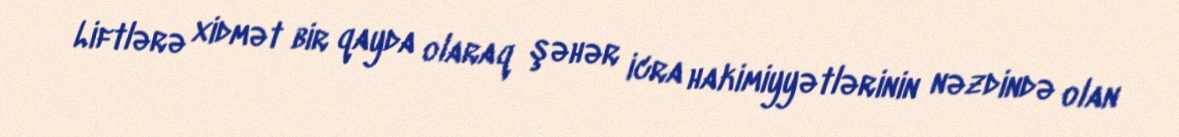
Liftlərə xidmət bir qayda olaraq şəhər icra hakimiyyətlərinin nəzdində olan